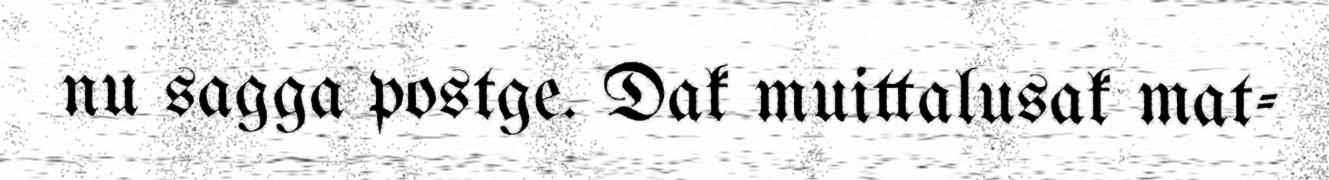
nu sagga postge. Dak muittalusak mat-